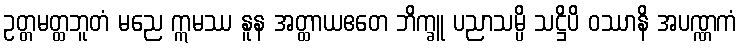
ဥတ္တမတ္ထဘူတံ မညေ ဣမဿ နူန အတ္ထာယဧတေ ဘိက္ခူ ပညာသမ္ပိ သဋ္ဌိပိ ဝဿာနိ အပဏ္ဏကံ